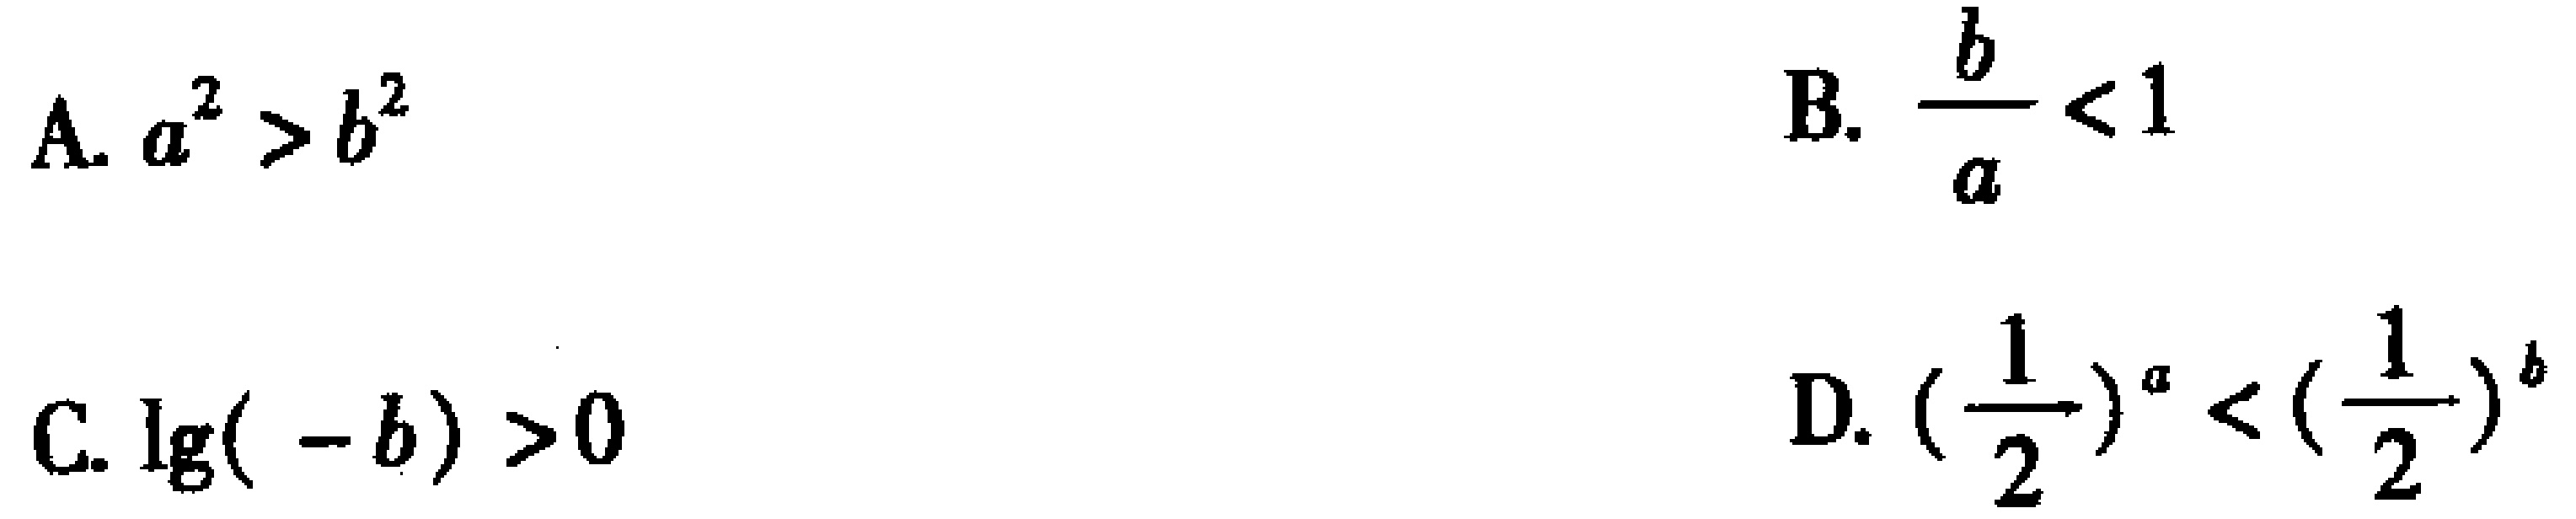
A. \(a^{2}>b^{2}\)

B. \(\frac{b}{a}<1\)

C. \(\lg(-b)>0\)

D. \((\frac{1}{2})^{a}<(\frac{1}{2})^{b}\)